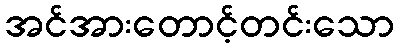
အင်အားတောင့်တင်းသော